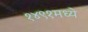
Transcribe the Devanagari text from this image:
१४९१मध्ये